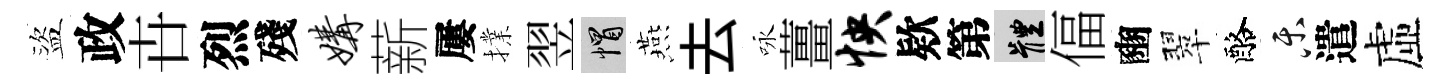
盜政卋烈殘媾薪屢擈翌帽燕去咏薑怏欵第體偪豳翠酪乐遣虛